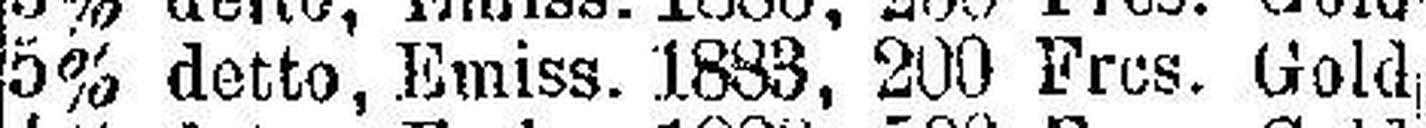
5% detto, Emiss. 1883, 200 Frcs. Gold